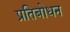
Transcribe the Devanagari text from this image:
प्रतिबोधन